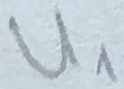
Text: U1